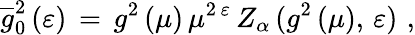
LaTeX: \overline{{{g}}}_{0}^{2}\, (\varepsilon)\, =\, g^{2}\, (\mu)\, \mu^{2\, \varepsilon}\, Z_{\alpha}\, (g^{2}\, (\mu),\, \varepsilon)\, \, ,